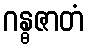
ဂန္ဓဇာတံ